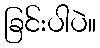
ခြင်းပါပဲ။